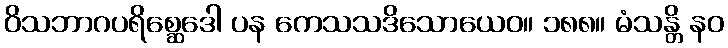
ဝိသဘာဂပရိစ္ဆေဒေါ ပန ကေသသဒိသောယေဝ။ ၁၈၈။ မံသန္တိ နဝ